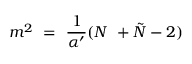
m ^ { 2 } \ = \ { \frac { 1 } { \alpha ^ { \prime } } } ( N \ + { \tilde { N } } - 2 )